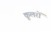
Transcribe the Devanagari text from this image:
कूलरों